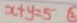
x + y = 5 \textcircled { 2 }